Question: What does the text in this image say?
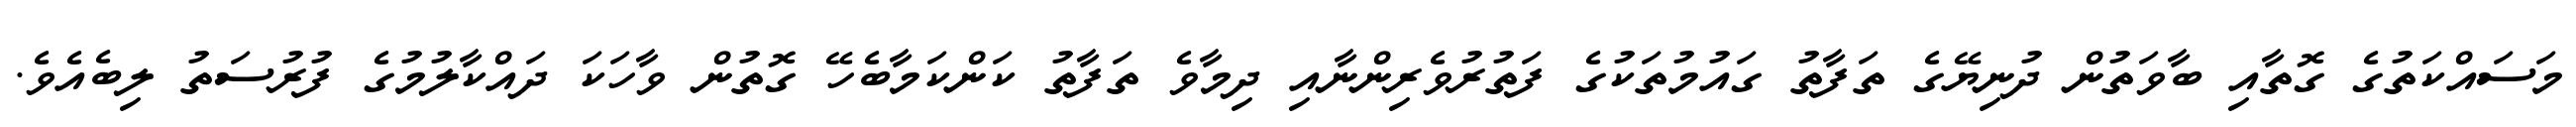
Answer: މަސައްކަތުގެ ގޮތާއި ބާވަތުން ދުނިޔޭގެ ތަފާތު ގައުމުތަކުގެ ފަތުރުވެރިންނާއި ދިމާވެ ތަފާތު ކަންކަމާބެހޭ ގޮތުން ވާހަކަ ދައްކާލުމުގެ ފުރުސަތު ލިބެއެވެ.